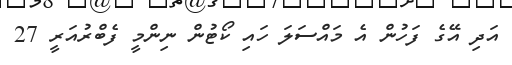
އަދި އޭގެ ފަހުން އެ މައްސަލަ ހައި ކޯޓުން ނިންމީ ފެބްރުއަރީ 27